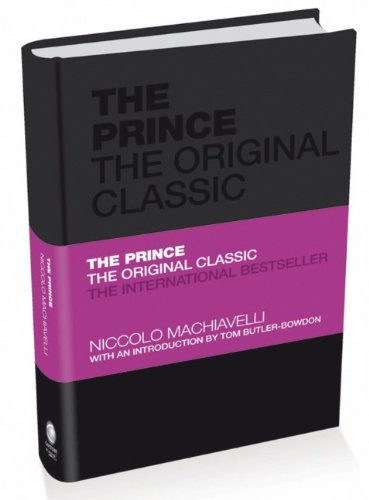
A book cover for The Prince: The Original Classic; NiccolÃEÂ² Machiavelli; Politics & Social Sciences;